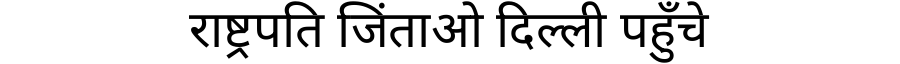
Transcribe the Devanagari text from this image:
राष्ट्रपति जिंताओ दिल्ली पहुँचे